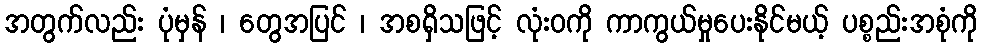
အတွက်လည်း ပုံမှန် ၊ တွေအပြင် ၊ အစရှိသဖြင့် လုံးဝကို ကာကွယ်မှုပေးနိုင်မယ့် ပစ္စည်းအစုံကို